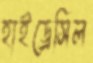
হাইড্রেসিল